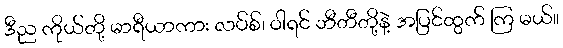
ဒီည ကိုယ်တို့ မာရီယာကား လပ်စ်၊ ဝါရင် ဘီတီတို့နဲ့ အပြင်ထွက် ကြ မယ်။